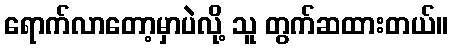
ရောက်လာတော့မှာပဲလို့ သူ တွက်ဆထားတယ်။